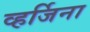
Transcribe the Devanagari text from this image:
व्हर्जिना